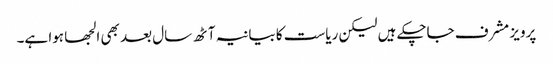
پرویز مشرف جاچکے ہیں لیکن ریاست کا بیانیہ آٹھ سال بعد بھی الجھا ہوا ہے۔